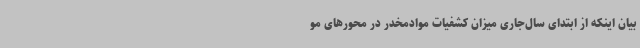
بیان اینکه از ابتدای سال‌جاری میزان کشفیات موادمخدر در محورهای مو